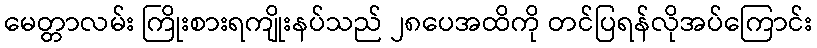
မေတ္တာလမ်း ကြိုးစားရကျိုးနပ်သည် ၂၈ပေအထိကို တင်ပြရန်လိုအပ်ကြောင်း